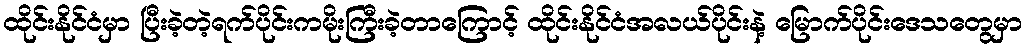
ထိုင်းနိုင်ငံမှာ ပြီးခဲ့တဲ့ရက်ပိုင်းကမိုးကြီးခဲ့တာကြောင့် ထိုင်းနိုင်ငံအလယ်ပိုင်းနဲ့ မြောက်ပိုင်းဒေသတွေမှာ